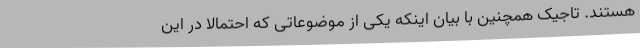
هستند. تاجیک همچنین با بیان اینکه یکی از موضوعاتی که احتمالا در این